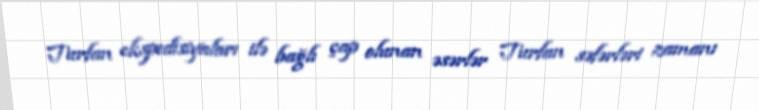
Turfan ekspedisiyaları ilə bağlı çap olunan əsərlər Turfan səfərləri zamanı